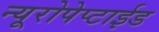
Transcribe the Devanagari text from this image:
न्यूरोपेप्टाईड